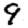
Digit: 9